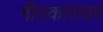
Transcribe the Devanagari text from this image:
गीतकारावर